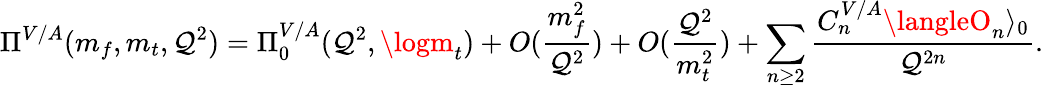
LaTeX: \Pi^{V/A}(m_{f},m_{t},\mathcal{Q}^{2})=\Pi_{0}^{V/A}(\mathcal{Q}^{2},\logm_{t})+O(\frac{{m_{f}^{2}}}{{\mathcal{Q}^{2}}})+O(\frac{{\mathcal{Q}^{2}}}{{m_{t}^{2}}})+\sum_{n\geq2}\frac{{C_{n}^{V/A}\langleO_{n}\rangle_{0}}}{{\mathcal{Q}^{2n}}}.